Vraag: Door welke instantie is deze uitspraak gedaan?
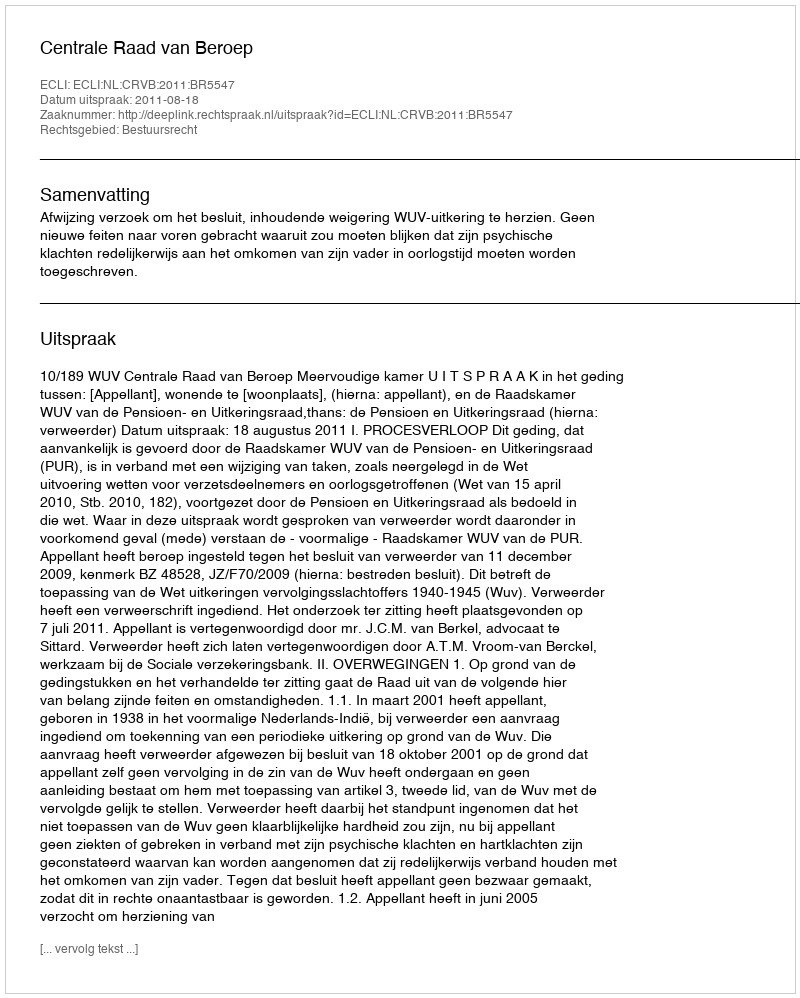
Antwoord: Centrale Raad van Beroep